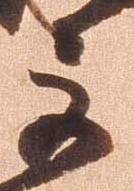
巨